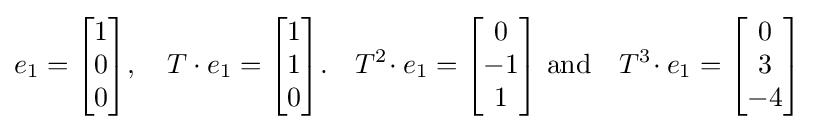
e_{1}={\begin{bmatrix}1\\0\\0\end{bmatrix}},\quad T\cdot e_{1}={\begin{bmatrix}1\\1\\0\end{bmatrix}}.\quad T^{2}\!\cdot e_{1}={\begin{bmatrix}0\\-1\\1\end{bmatrix}}{\mbox{ and}}\quad T^{3}\!\cdot e_{1}={\begin{bmatrix}0\\3\\-4\end{bmatrix}}